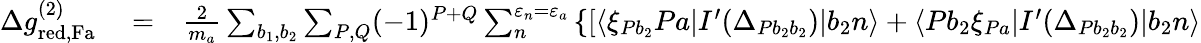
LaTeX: \begin{array}{rlr}{\Delta g_{\mathrm{red,Fa}}^{(2)}}&{{}=}&{\frac{2}{m_{a}}\sum_{b_{1},b_{2}}\sum_{P,Q}(-1)^{P+Q}\sum_{n}^{\varepsilon_{n}=\varepsilon_{a}}\left\{ \left[\langle\xi_{Pb_{2}}Pa|I^{\prime}(\Delta_{Pb_{2}b_{2}})|b_{2}n\rangle+\langle Pb_{2}\xi_{Pa}|I^{\prime}(\Delta_{Pb_{2}b_{2}})|b_{2}n\rangle\right.\right.}\end{array}